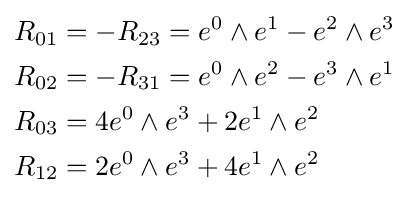
{\begin{aligned}R_{01}&=-R_{23}=e^{0}\wedge e^{1}-e^{2}\wedge e^{3}\\R_{02}&=-R_{31}=e^{0}\wedge e^{2}-e^{3}\wedge e^{1}\\R_{03}&=4e^{0}\wedge e^{3}+2e^{1}\wedge e^{2}\\R_{12}&=2e^{0}\wedge e^{3}+4e^{1}\wedge e^{2}\end{aligned}}